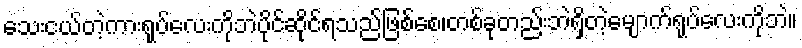
သေးငယ်တဲ့ကားရုပ်လေးကိုဘဲပိုင်ဆိုင်ရသည်ဖြစ်စေ၊တစ်ခုတည်းဘဲရှိတဲ့မျောက်ရုပ်လေးကိုဘဲ။